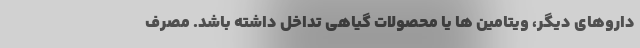
داروهای دیگر، ویتامین ها یا محصولات گیاهی تداخل داشته باشد. مصرف